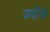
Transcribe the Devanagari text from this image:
ज्योक